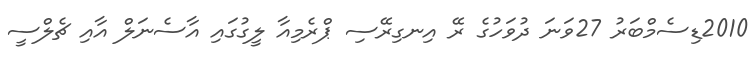
2010ޑިސެމްބަރު 27ވަނަ ދުވަހުގެ ރޭ އިނގިރޭސި ޕްރެމިއާ ލީގުގައި އާސެނަލް އާއި ޗެލްސީ